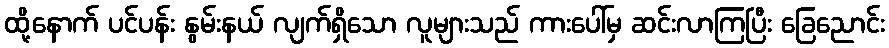
ထို့နောက် ပင်ပန်း နွမ်းနယ် လျက်ရှိသော လူများသည် ကားပေါ်မှ ဆင်းလာကြပြီး ခြေညောင်း